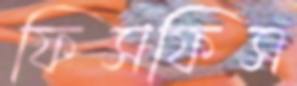
ফিসফিস